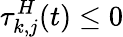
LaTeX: \tau_{k,j}^{H}(t)\leq 0